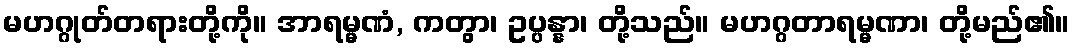
မဟဂ္ဂုတ်တရားတို့ကို။ အာရမ္မဏံ, ကတွာ၊ ဥပ္ပန္နာ၊ တို့သည်။ မဟဂ္ဂတာရမ္မဏာ၊ တို့မည်၏။